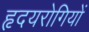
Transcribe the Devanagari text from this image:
हृदयरोगियों